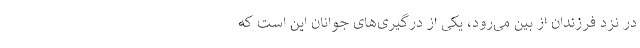
در نزد فرزندان از بین می‌رود، یکی از درگیری‌های جوانان این است که